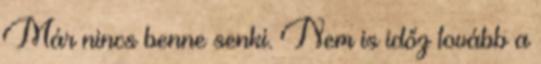
Már nincs benne senki. Nem is időz tovább a